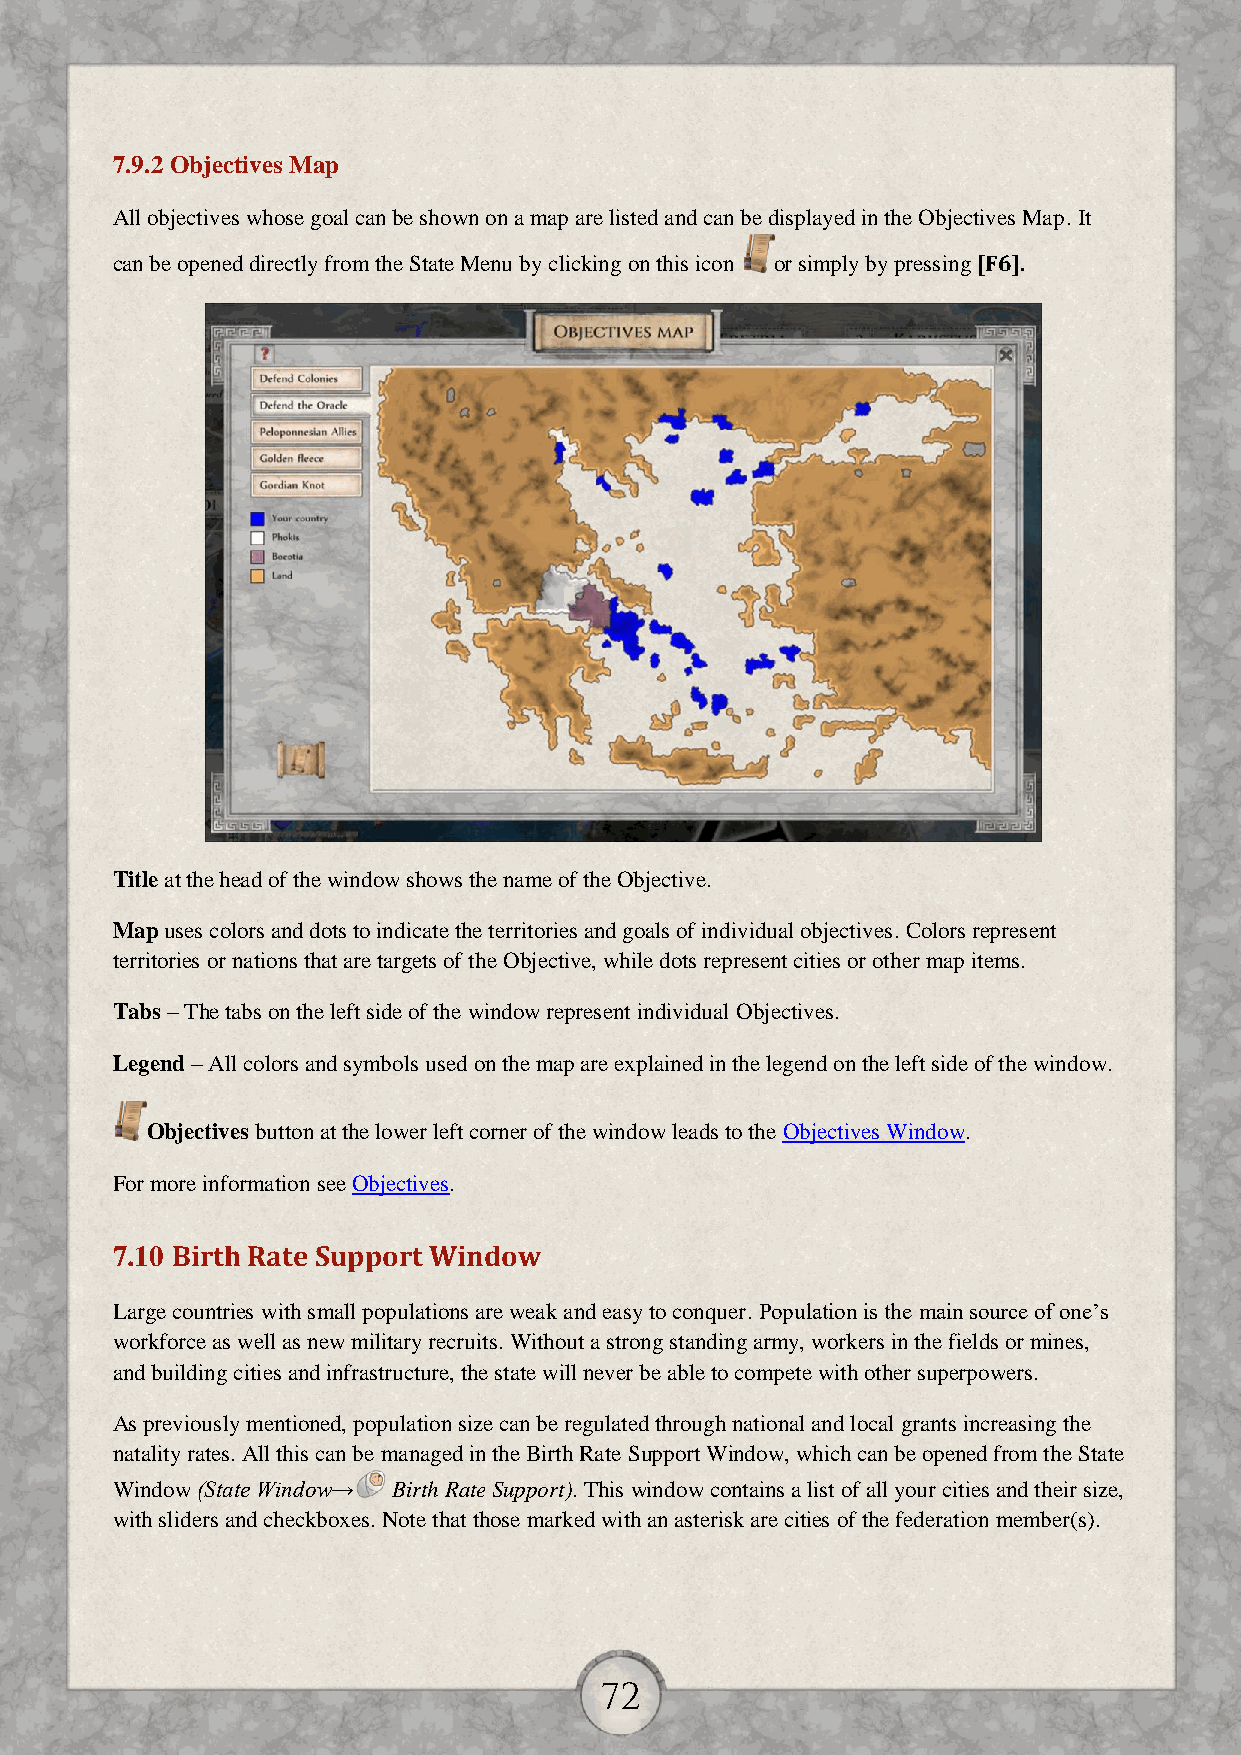
7.9.2 Objectives Map
 All objectives whose goal can be shown on a map are listed and can be displayed in the Objectives Map. It
 can be opened directly from the State Menu by clicking on this icon or simply by pressing [F6].
 Title at the head of the window shows the name of the Objective.
 Map uses colors and dots to indicate the territories and goals of individual objectives. Colors represent
 territories or nations that are targets of the Objective, while dots represent cities or other map items.
 Tabs – The tabs on the left side of the window represent individual Objectives.
 Legend – All colors and symbols used on the map are explained in the legend on the left side of the window.
 Objectives button at the lower left corner of the window leads to the Objectives Window.
 For more information see Objectives.
 7.10 Birth Rate Support Window
 Large countries with small populations are weak and easy to conquer. Population is the main source of one’s
 workforce as well as new military recruits. Without a strong standing army, workers in the fields or mines,
 and building cities and infrastructure, the state will never be able to compete with other superpowers.
 As previously mentioned, population size can be regulated through national and local grants increasing the
 natality rates. All this can be managed in the Birth Rate Support Window, which can be opened from the State
 Window (State Window→ Birth Rate Support). This window contains a list of all your cities and their size,
 with sliders and checkboxes. Note that those marked with an asterisk are cities of the federation member(s).
 72